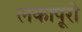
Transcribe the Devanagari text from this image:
लंकापूरी